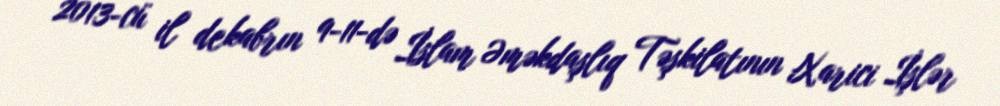
2013-cü il dekabrın 9-11-də İslam Əməkdaşlıq Təşkilatının Xarici İşlər